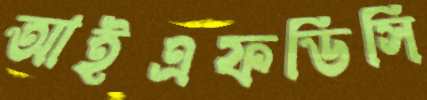
আইএফডিসি